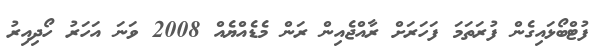
ފުޓްބޯޅައިގެން ފުރަތަމަ ފަހަރަށް ރާއްޖެއިން ރަން މެޑެއްޔެއް 2008 ވަނަ އަހަރު ހޯދިއިރު